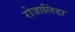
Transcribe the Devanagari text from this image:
रोजालिंडा